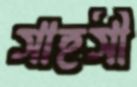
সাহসী